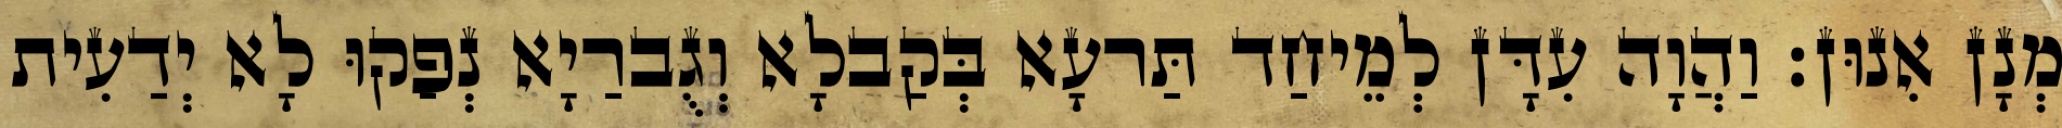
מְנָן אִנוּן׃ וַהֲוָה עִדָּן לְמֵיחַד תַּרעָא בְּקַבלָא וְגֻברַיָא נְפַקוּ לָא יְדַעִית